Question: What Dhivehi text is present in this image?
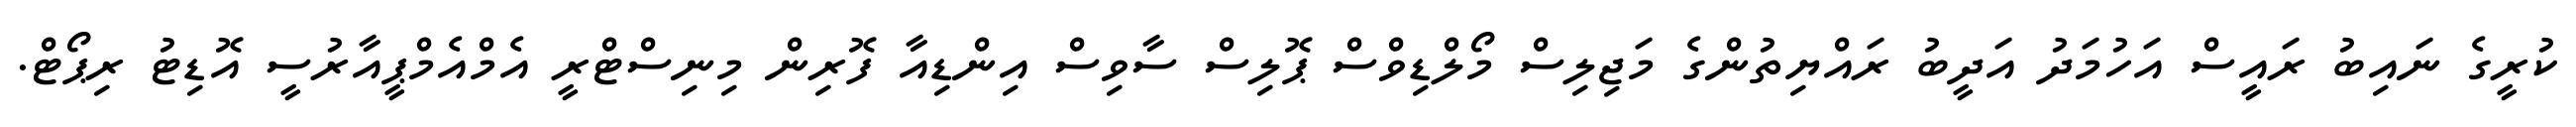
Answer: ކުރީގެ ނައިބު ރައީސް އަހުމަދު އަދީބު ރައްޔިތުންގެ މަޖިލިސް މޯލްޑިވްސް ޕޮލިސް ސާވިސް އިންޑިއާ ފޮރިން މިނިސްޓްރީ އެމްއެމްޕީއާރުސީ އޮޑިޓު ރިޕޯޓް.